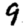
Digit: 9